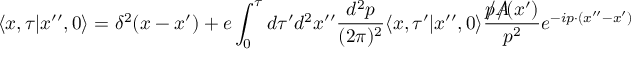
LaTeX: \langle x , \tau \vert x ^ { \prime \prime } , 0 \rangle = \delta ^ { 2 } ( x - x ^ { \prime } ) + e \int _ { 0 } ^ { \tau } d \tau ^ { \prime } d ^ { 2 } x ^ { \prime \prime } { \frac { d ^ { 2 } p } { ( 2 \pi ) ^ { 2 } } } \langle x , \tau ^ { \prime } \vert x ^ { \prime \prime } , 0 \rangle { \frac { p \! \! \! \slash A \! \! \! \! \slash ( x ^ { \prime } ) } { p ^ { 2 } } } e ^ { - i p \cdot ( x ^ { \prime \prime } - x ^ { \prime } ) } \; \;